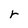
Character: r